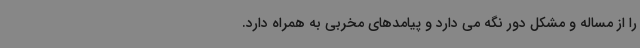
را از مساله و مشکل دور نگه می دارد و پیامدهای مخربی به همراه دارد.